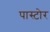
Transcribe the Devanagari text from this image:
पास्टोर